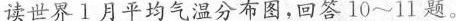
读世界l月平均气温分布图，回答10~11题。